Insane asylums in Bengal annual reports 1867-1875 - 1867-1875
Year: 1867
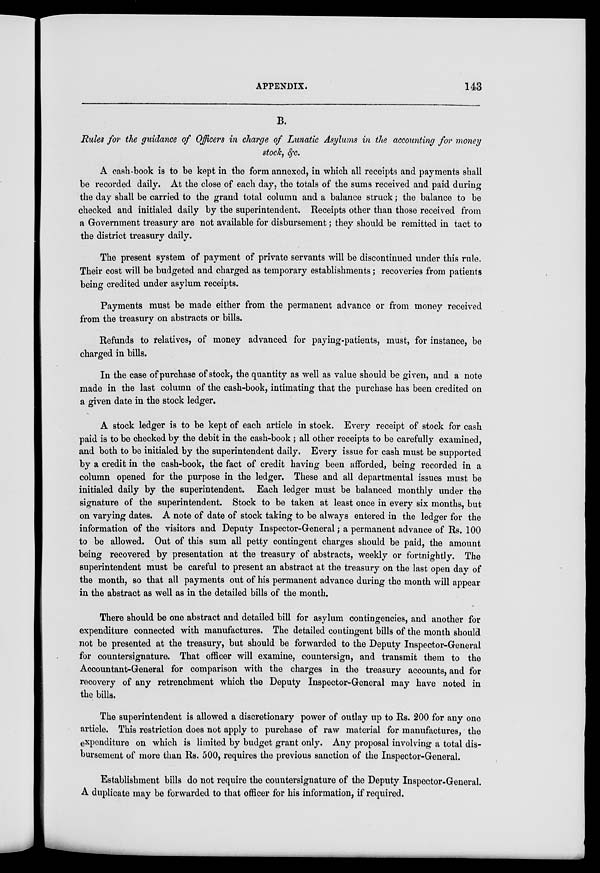
APPENDIX.
143
B.
Rules for the guidance of Officers in charge of Lunatic Asylums in the accounting for money
stock, &c.
A cash-book is to be kept in the form annexed, in which all receipts and payments shall
be recorded daily. At the close of each day, the totals of the sums received and paid during
the day shall be carried to the grand total column and a balance struck; the balance to be
checked and initialed daily by the superintendent. Receipts other than those received from
a Government treasury are not available for disbursement; they should be remitted in tact to
the district treasury daily.
The present system of payment of private servants will be discontinued under this rule.
Their cost will be budgeted and charged as temporary establishments; recoveries from patients
being credited under asylum receipts.
Payments must be made either from the permanent advance or from money received
from the treasury on abstracts or bills.
Refunds to relatives, of money advanced for paying-patients, must, for instance, be
charged in bills.
In the case of purchase of stock, the quantity as well as value should be given, and a note
made in the last column of the cash-book, intimating that the purchase has been credited on
a given date in the stock ledger.
A stock ledger is to be kept of each article in stock. Every receipt of stock for cash
paid is to be checked by the debit in the cash-book; all other receipts to be carefully examined,
and both to be initialed by the superintendent daily. Every issue for cash must be supported
by a credit in the cash-book, the fact of credit having been afforded, being recorded in a
column opened for the purpose in the ledger. These and all departmental issues must be
initialed daily by the superintendent. Each ledger must be balanced monthly under the
signature of the superintendent. Stock to be taken at least once in every six months, but
on varying dates. A note of date of stock taking to be always entered in the ledger for the
information of the visitors and Deputy Inspector-General; a permanent advance of Rs. 100
to be allowed. Out of this sum all petty contingent charges should be paid, the amount
being recovered by presentation at the treasury of abstracts, weekly or fortnightly. The
superintendent must be careful to present an abstract at the treasury on the last open day of
the month, so that all payments out of his permanent advance during the month will appear
in the abstract as well as in the detailed bills of the month.
There should be one abstract and detailed bill for asylum contingencies, and another for
expenditure connected with manufactures. The detailed contingent bills of the month should
not be presented at the treasury, but should be forwarded to the Deputy Inspector-General
for countersignature. That officer will examine, countersign, and transmit them to the
Accountant-General for comparison with the charges in the treasury accounts, and for
recovery of any retrenchment which the Deputy Inspector-General may have noted in
the bills.
The superintendent is allowed a discretionary power of outlay up to Rs. 200 for any one
article. This restriction does not apply to purchase of raw material for manufactures, the
expenditure on which is limited by budget grant only. Any proposal involving a total dis-
bursement of more than Rs. 500, requires the previous sanction of the Inspector-General.
Establishment bills do not require the countersignature of the Deputy Inspector-General.
A duplicate may be forwarded to that officer for his information, if required.